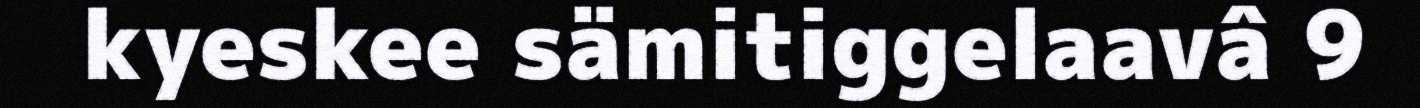
kyeskee sämitiggelaavâ 9